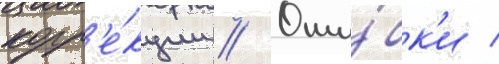
корр'е́кции // Оши́бк'и /